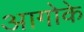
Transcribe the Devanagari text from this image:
आगोके